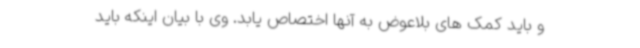
و باید کمک های بلاعوض به آنها اختصاص یابد. وی با بیان اینکه باید